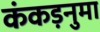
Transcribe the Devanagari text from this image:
कंकड़नुमा